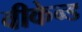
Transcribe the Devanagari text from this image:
वीकेन्ड